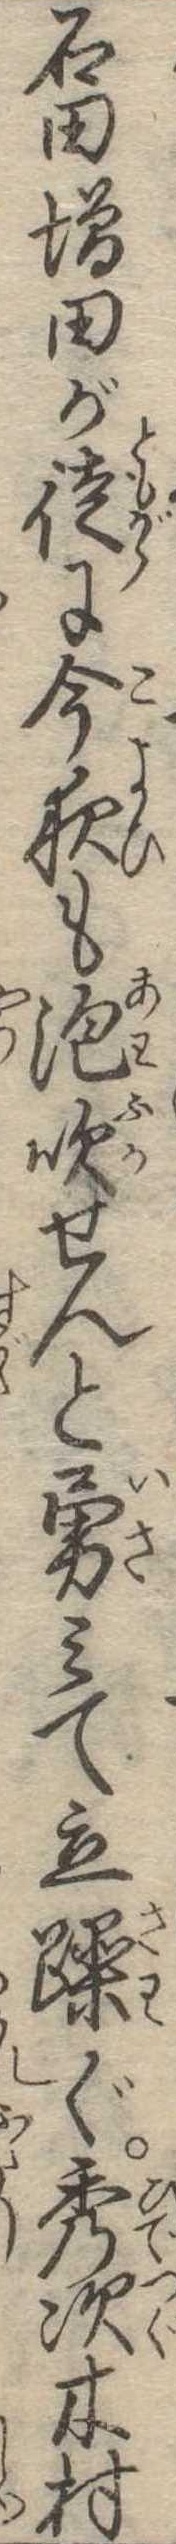
石田田が徒に今夜も泡吹せんと勇みて立躁ぐ秀次木村